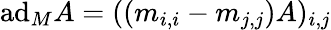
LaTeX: \mathrm{ad}_{M}A=((m_{i,i}-m_{j,j})A)_{i,j}